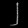
Digit: ၂